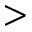
>